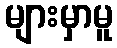
များမှာမူ